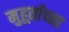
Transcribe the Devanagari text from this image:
मुहूर्ताच्या